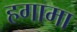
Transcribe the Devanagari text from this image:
हगामा